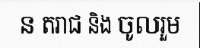
ន តរាជ និង ចូលរួម